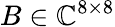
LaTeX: B\in\mathbb{C}^{8\times 8}